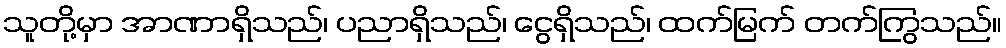
သူတို့မှာ အာဏာရှိသည်၊ ပညာရှိသည်၊ ငွေရှိသည်၊ ထက်မြက် တက်ကြွသည်။